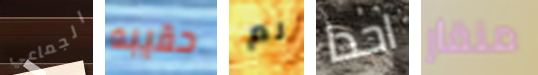
الجماعي حقيبه لم احدا منقار